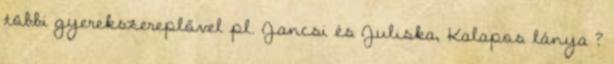
többi gyerekszereplővel pl. Jancsi és Juliska, Kalapos lánya ?